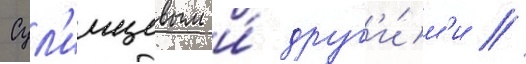
Сул'имцевым и́ друг'и́м'и //